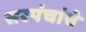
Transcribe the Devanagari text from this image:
सरपंचांचे